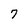
Character: 7